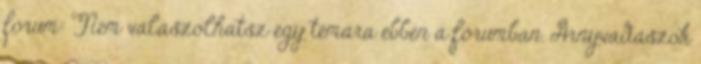
forum: Nem válaszolhatsz egy témára ebben a fórumban. Árnyvadászok